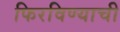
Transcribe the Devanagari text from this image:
फिरविण्याची